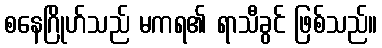
စနေဂြိုဟ်သည် မကရ၏ ရာသီခွင် ဖြစ်သည်။